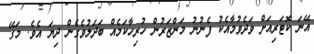
އޭނަ ކޮޓަރިއަށް ވަދެވުމާއެކު ފެނުނު މަންޒަރުން ހުރިހާކަމެއް ބަދަލުވެގެން ދިޔަ އެވެ. މަގޭ